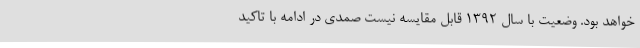
خواهد بود. وضعیت با سال 1392 قابل مقایسه نیست صمدی در ادامه با تاکید